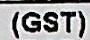
(GST)